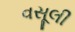
વસૂલી